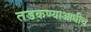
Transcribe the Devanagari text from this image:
तडकण्याआधीच